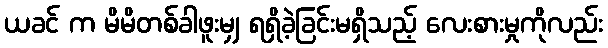
ယခင် က မိမိတစ်ခါဖူးမျှ ရရှိခဲ့ခြင်းမရှိသည့် လေးစားမှုကိုလည်း